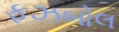
ફઝબોલ